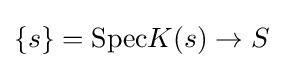
\{s\}={\text{Spec}}K(s)\rightarrow S